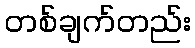
တစ်ချက်တည်း